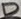
Text: D